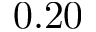
0 . 2 0